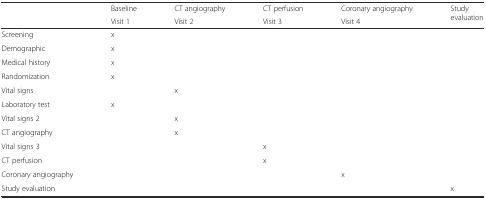
| <ROWSPAN=2>  | Baseline | CT angiography | CT perfusion | Coronary angiography | <ROWSPAN=2> Study evaluation |
 | Visit 1 | Visit 2 | Visit 3 | Visit 4 |
 | --- | --- | --- | --- | --- | --- |
 | Screening | x |  |  |  |  |
 | Demographic | x |  |  |  |  |
 | Medical history | x |  |  |  |  |
 | Randomization | x |  |  |  |  |
 | Vital signs |  | x |  |  |  |
 | Laboratory test | x |  |  |  |  |
 | Vital signs 2 |  | x |  |  |  |
 | CT angiography |  | x |  |  |  |
 | Vital signs 3 |  |  | x |  |  |
 | CT perfusion |  |  | x |  |  |
 | Coronary angiography |  |  |  | x |  |
 | Study evaluation |  |  |  |  | x |